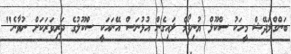
ބަންގްލަދޭޝް މީހަކު ސްކޫލް ޔުނިފޯމް ލައިގެން އުޅުނަސް އޭނައަކީ ސްކޫލުގެ ދަރިވަރަކަށް ނުވާނެ"